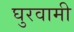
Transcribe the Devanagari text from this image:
घुरवामी